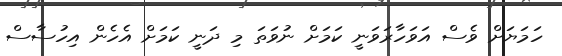
ހަމަޔަށް ވެސް އަވަހާރަވަނީ ކަމަށް ނުވަތަ މި ދަނީ ކަމަށް އެހެން އިހުސާސް